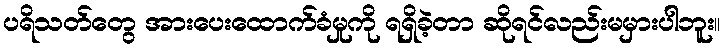
ပရိသတ်တွေ အားပေးထောက်ခံမှုကို ရရှိခဲ့တာ ဆိုရင်လည်းမမှားပါဘူး။